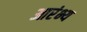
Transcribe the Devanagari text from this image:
आरंभ्य